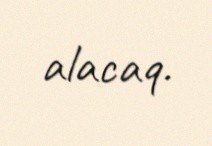
alacaq.